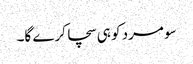
سو مرد کو ہی سچا کرے گا۔